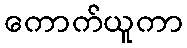
ကောက်ယူကာ